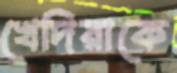
খেদিরাকে